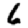
Digit: 6